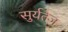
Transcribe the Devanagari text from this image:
सुर्यतेज